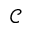
\mathcal { C }